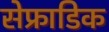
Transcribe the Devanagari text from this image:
सेफ्राडिक